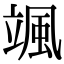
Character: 颯